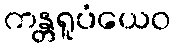
ကန္တရူပံယေဝ